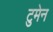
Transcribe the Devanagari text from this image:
टुमेन